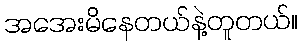
အအေးမိနေတယ်နဲ့တူတယ်။